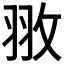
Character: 𮊻